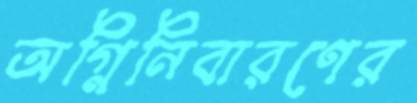
অগ্নিনিবারণের